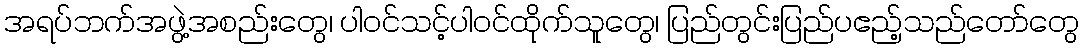
အရပ်ဘက်အဖွဲ့အစည်းတွေ၊ ပါဝင်သင့်ပါဝင်ထိုက်သူတွေ၊ ပြည်တွင်းပြည်ပဧည့်သည်တော်တွေ